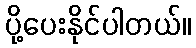
ပို့ပေးနိုင်ပါတယ်။